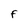
Character: f